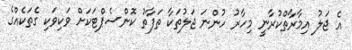
އެ ޖަލު އިމާރާތްކުރާނީ މިހާރު ހުންނަ ޖަލުތަކާ ތަފާތު ކޮންސެޕްޓަކަށް ވަކިވަކި ގެތަކެއްގެ